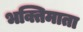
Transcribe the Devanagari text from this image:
भक्तिमाता